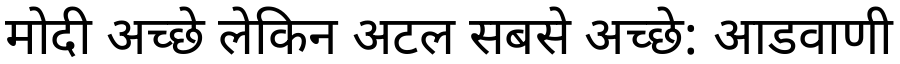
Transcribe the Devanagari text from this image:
मोदी अच्छे लेकिन अटल सबसे अच्छे: आडवाणी